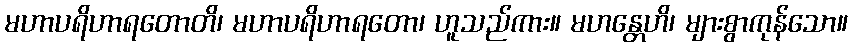
မဟာပရိဟာရတောတိ၊ မဟာပရိဟာရတော၊ ဟူသည်ကား။ မဟန္တေဟိ၊ များစွာကုန်သော။